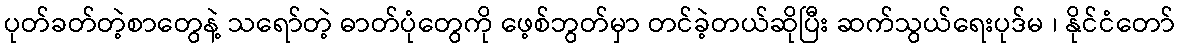
ပုတ်ခတ်တဲ့စာတွေနဲ့ သရော်တဲ့ ဓာတ်ပုံတွေကို ဖေ့စ်ဘွတ်မှာ တင်ခဲ့တယ်ဆိုပြီး ဆက်သွယ်ရေးပုဒ်မ ၊ နိုင်ငံတော်